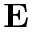
\mathbf { E }